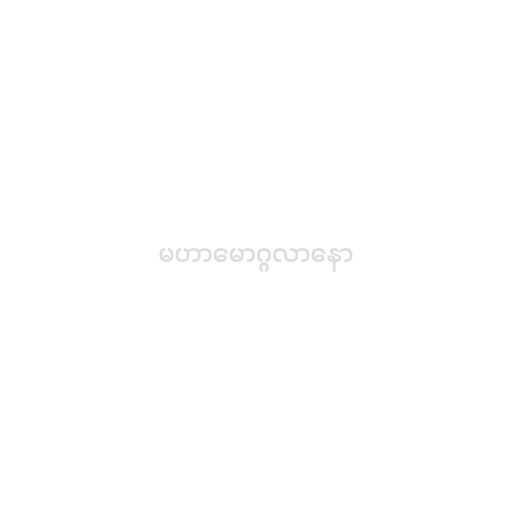
မဟာမောဂ္ဂလာနော